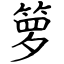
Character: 箩